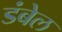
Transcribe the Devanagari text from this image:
डंबेल